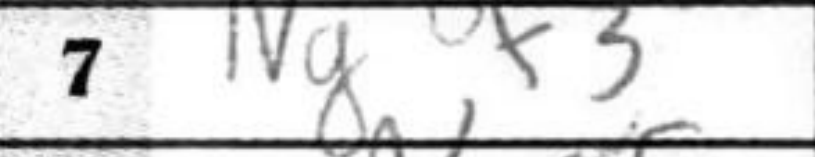
Transcription: Ngf3